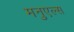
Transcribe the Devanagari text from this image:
मनुएल्स